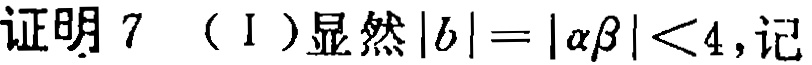
证明 7 （Ⅰ）显然\(|b| = |\alpha\beta| < 4\)，记